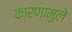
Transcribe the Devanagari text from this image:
कारणामुले